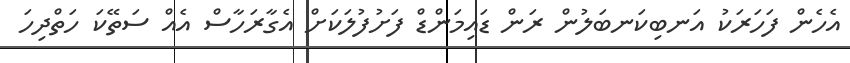
އެހެން ފަހަރަކު އަނބިކަނބަލުން ރަން ޑައިމަންޑް ފަށުފުލަކަށް އެގާރަހާސް އެއް ސަތޭކަ ހަތްދިހަ